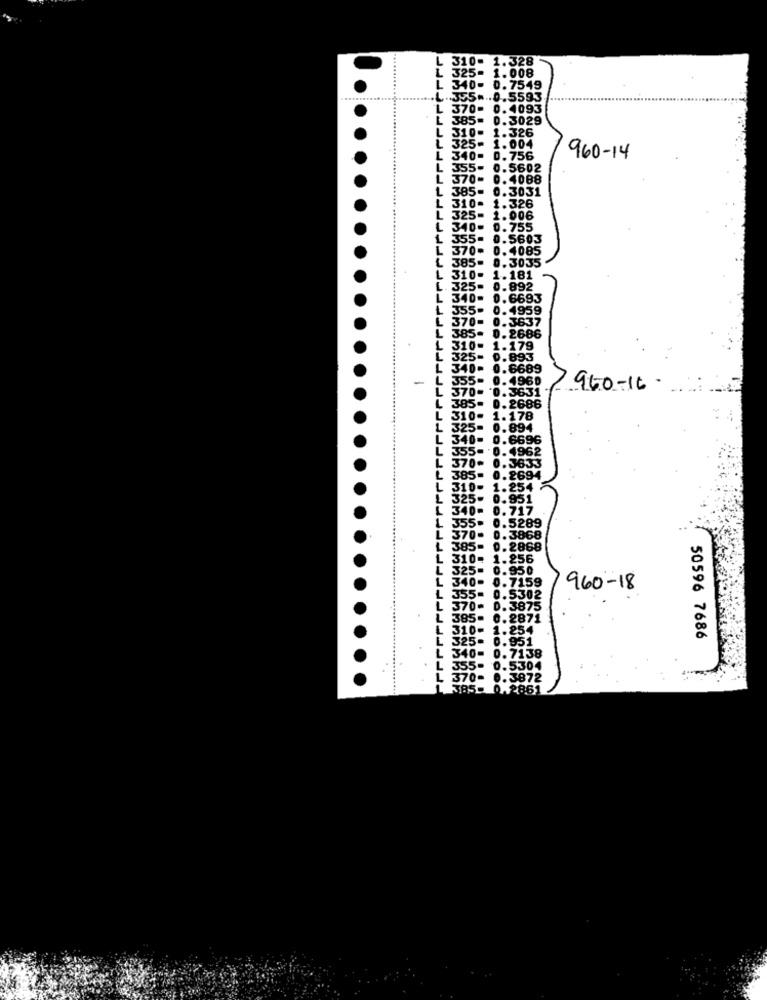
L 310- 1.328
325- 1.008
L 340- 0.7549
+355 ... 0.5593.
370= 0.4093
L 385- 0.3029
L 310- 1.326
L 325= 1.004
L 340- 0.756
960-14
4 355- 0.5602
L 370- 0.4088
L 385- 0.3031
. 310- 1.326
L 325- 1.006
L 340- 0.755
1 355- 0.5603
L 370- 0.4085
L 385- 0.3035
L 310- 1.181
L. 325- 0.892
L 340= 0.6693
L 355- 0.4959
L 370-
0.3637
L 385- 0.2686
L 310- 1.179
L 325- 0.893
340- 0.6689
-
L 355-
0.4960
L 370- 0.3631
0.3631
960-16
L 385- 0.2686
L 310-
1.178
325-
0.894
L 340- 0.6696
L
355- 0.4962
370- 0.3633
₾ 385= 0.2694
L 310- 1.254
L 325- 0.951
L 340-
0.717
L 355- 0.5289
370- 0.3868
L 385- 0.2868
L 310- 1.256
325= 0.950
L 340- 0.7159
L
960-18
355=
0.5302
L
370-
0. 3875
L
385-
0.2871
310-
1.254
325-
0.951
50596 7686
340- 0.7138
55-
0.5304
70-
0.3872
0.2861